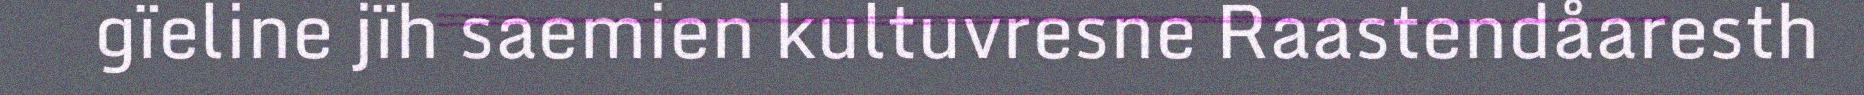
gïeline jïh saemien kultuvresne Raastendåaresth